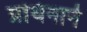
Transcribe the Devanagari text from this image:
प्रथिनाने